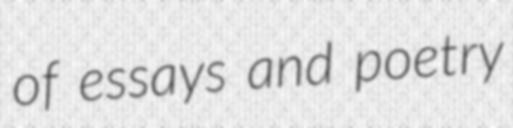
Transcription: of essays and poetry